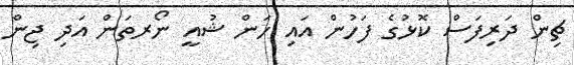
ޗިން ދަރިފަސް ކޮޅުގެ ފަހުން އައި ހަން ޝުއީ ނޯރތަން އަދި ޖިން